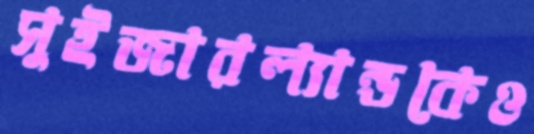
সুইজারল্যান্ডকেও